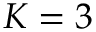
K = 3